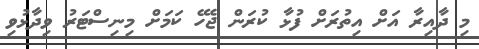
މި ދާއިރާ އަށް އިތުރަށް ފުޅާ ކުރަން ޖެހޭ ކަމަށް މިނިސްޓަރު ވިދާޅުވި